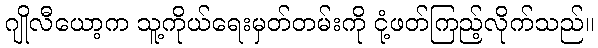
ဂျိုလီယော့က သူ့ကိုယ်ရေးမှတ်တမ်းကို ငုံ့ဖတ်ကြည့်လိုက်သည်။